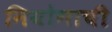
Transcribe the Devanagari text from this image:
नियोगाची